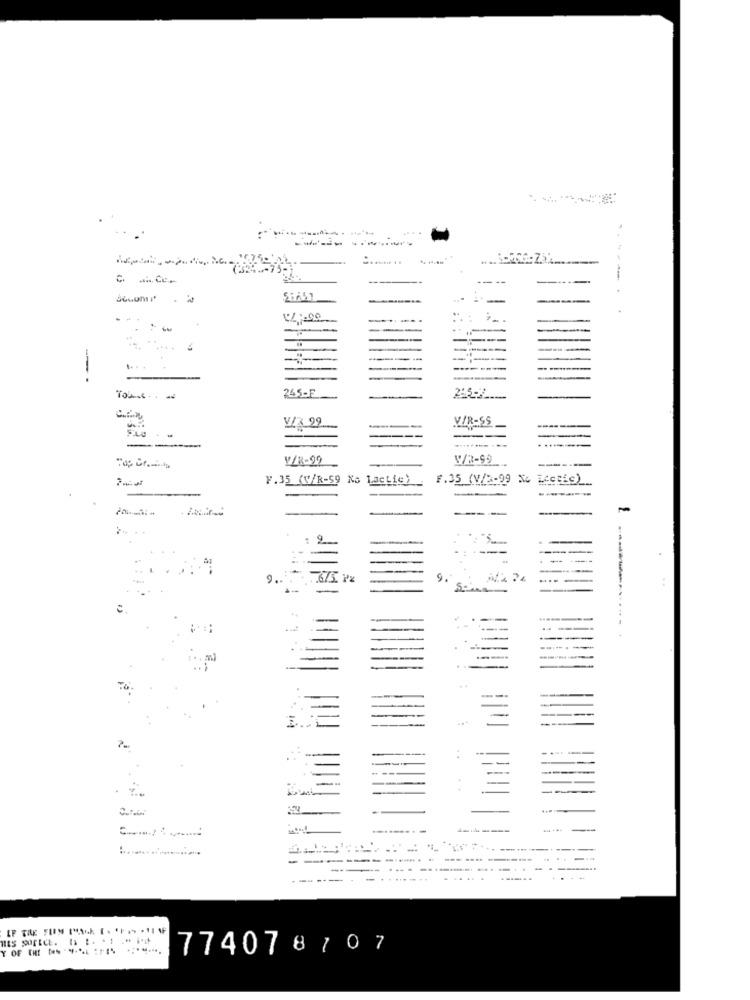
-75-9
--
. :
--
--
.......
....
--
- -
---
----
-
-
-
245-F
-
V/R-SS
..
---
---
V/R-92
V/R-99
------
F.35 (V/R-59 No Lactic)
F.35 (V/5-99 XC
-
----
--
9.
.675 Px
9.
....
-
--
----
----
-----
---
-
-
----
--
-
-
-----
=
---
------
-----...
----
-.
----
774078707